Civil Veterinary Department. United Provinces 1923-31 - 1923-1931
Year: 1923
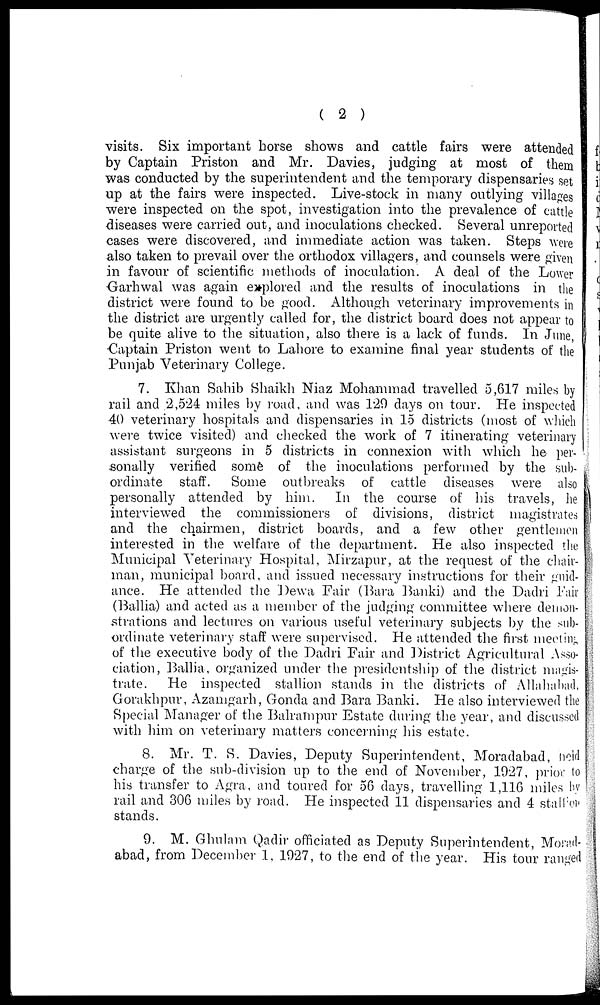
( 2 )
visits. Six important horse shows and cattle fairs were attended
by Captain Priston and Mr. Davies, judging at most of them
was conducted by the superintendent and the temporary dispensaries set
up at the fairs were inspected. Live-stock in many outlying villages
were inspected on the spot, investigation into the prevalence of cattle
diseases were carried out, and inoculations checked. Several unreported
cases were discovered, and immediate action was taken. Steps were
also taken to prevail over the orthodox villagers, and counsels were given
in favour of scientific methods of inoculation. A deal of the Lower
Garhwal was again explored and the results of inoculations in the
district were found to be good. Although veterinary improvements in
the district are urgently called for, the district board does not appear to
be quite alive to the situation, also there is a lack of funds. In June,
Captain Priston went to Lahore to examine final year students of the
Punjab Veterinary College.
7. Khan Sahib Shaikh Niaz Mohammad travelled 5,617 miles by
rail and 2,524 miles by road, and was 129 days on tour. He inspected
40 veterinary hospitals and dispensaries in 15 districts (most of which
were twice visited) and checked the work of 7 itinerating veterinary
assistant surgeons in 5 districts in connexion with which he per-
sonally verified some of the inoculations performed by the sub-
ordinate staff. Some outbreaks of cattle diseases were also
personally attended by him. In the course of his travels, he
interviewed the commissioners of divisions, district magistrates
and the chairmen, district boards, and a few other gentlemen
interested in the welfare of the department. He also inspected the
Municipal Veterinary Hospital, Mirzapur, at the request of the chair-
man, municipal board, and issued necessary instructions for their guid-
ance. He attended the Dewa Pair (Bara Banki) and the Dadri Fair
(Ballia) and acted as a member of the judging committee where demon-
strations and lectures on various useful veterinary subjects by the sub-
ordinate veterinary staff were supervised. He attended the first meeting
of the executive body of the Dadri Pair and District Agricultural Asso-
ciation, Ballia, organized under the presidentship of the district magis-
trate. He inspected stallion stands in the districts of Allahabad,
Gorakhpur, Azamgarh, Gonda and Bara Banki. He also interviewed the
Special Manager of the Balrampur Estate during the year, and discussed
with him on veterinary matters concerning his estate.
8. Mr. T. S. Davies, Deputy Superintendent, Moradabad, held
charge of the sub-division up to the end of November, 1927, prior to
his transfer to Agra, and toured for 56 days, travelling 1,116 miles by
rail and 306 miles by road. He inspected 11 dispensaries and 4 stalltion
stands.
9. M. Ghulam Qadir officiated as Deputy Superintendent, Morad-
abad, from December 1, 1927, to the end of the year. His tour ranged